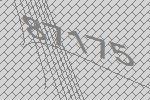
87175